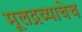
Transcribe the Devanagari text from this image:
मूलद्रव्याचेच